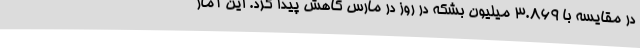
در مقایسه با 3.869 میلیون بشکه در روز در مارس کاهش پیدا کرد. این آمار